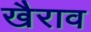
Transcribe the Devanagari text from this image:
खैराव